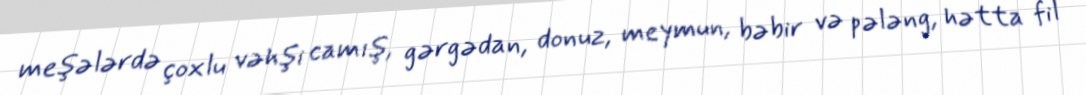
meşələrdə çoxlu vəhşi camış, gərgədan, donuz, meymun, bəbir və pələng, hətta fil